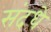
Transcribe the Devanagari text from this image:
संदधे